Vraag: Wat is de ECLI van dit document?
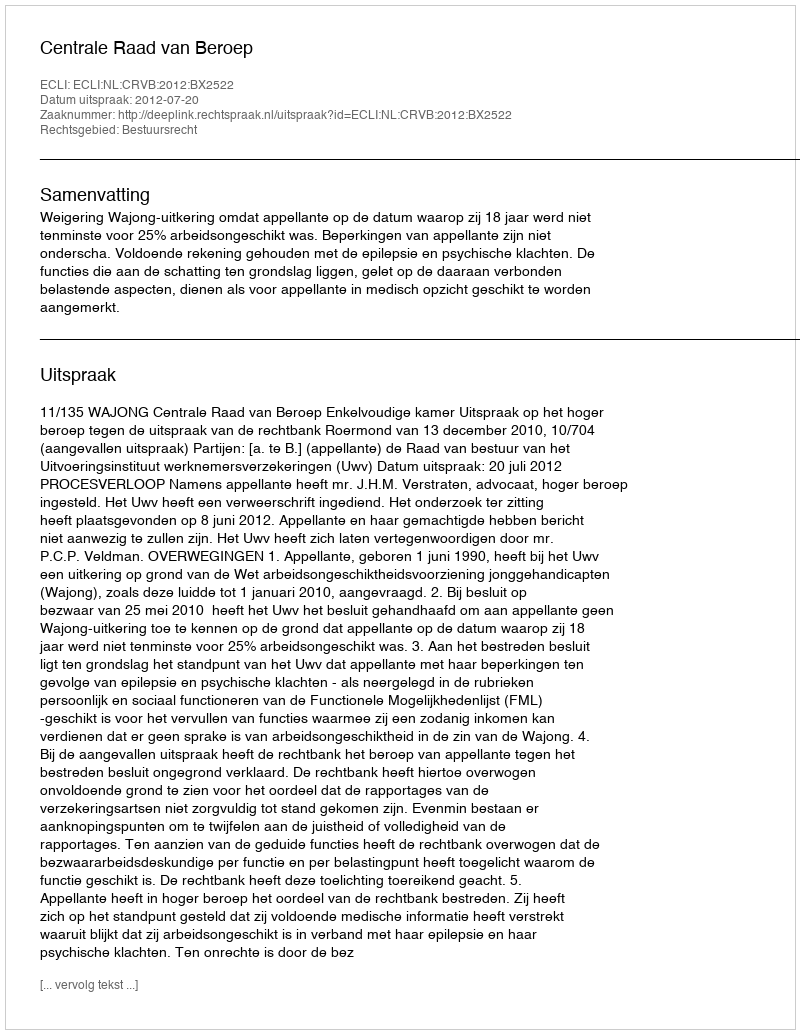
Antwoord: ECLI:NL:CRVB:2012:BX2522